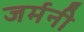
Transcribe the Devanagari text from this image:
जर्मनी